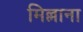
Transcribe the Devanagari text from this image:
मिल्लाना